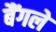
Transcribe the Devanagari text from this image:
बैंगले